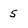
Character: 5